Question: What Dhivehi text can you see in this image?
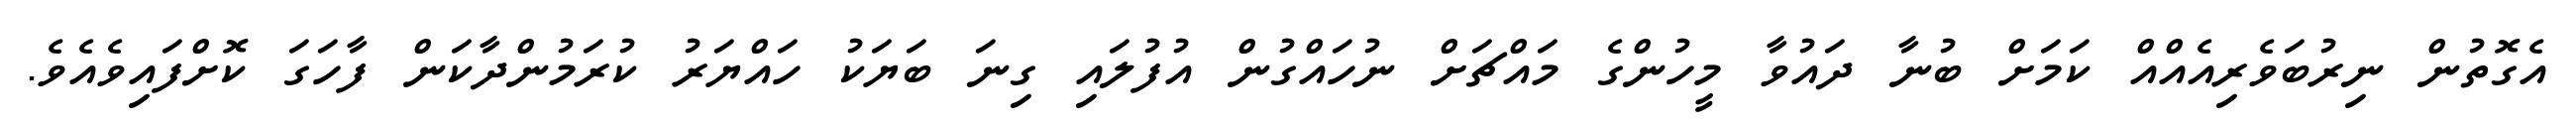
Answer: އެގޮތުން ނިރުބަވެރިއެއްއް ކަމަށް ބުނާ ދައުވާ މީހުންގެ މައްޗަށް ނުހައްގުން އުފުލައި ގިނަ ބަޔަކު ހައްޔަރު ކުރަމުންދާކަން ފާހަގަ ކޮށްފައިވެއެވެ.